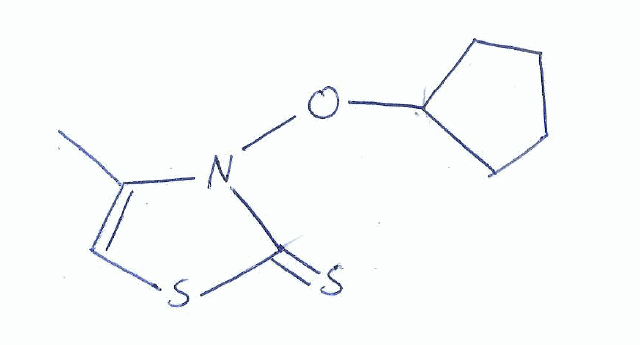
Simplified molecular-input line-entry system (SMILES) notation of the given molecule:
CC1=CSC(=S)N1OC2CCCC2